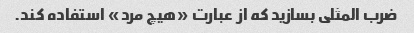
ضرب المثلی بسازید که از عبارت «هیچ مرد» استفاده کند.